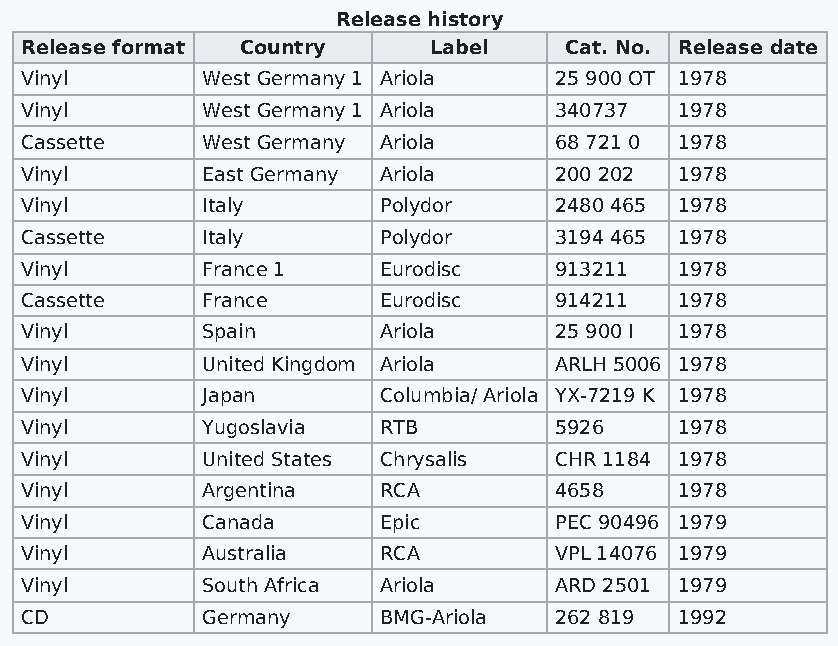
Release history
 Release format Country     Label    Cat. No. Release date
 Vinyl       West Germany 1 Ariola   25 900 OT 1978
 Vinyl       West Germany 1 Ariola   340737  1978
 Cassette    West Germany Ariola     68 721 0 1978
 Vinyl       East Germany Ariola     200 202 1978
 Vinyl       Italy       Polydor     2480 465 1978
 Cassette    Italy       Polydor     3194 465 1978
 Vinyl       France 1    Eurodisc    913211  1978
 Cassette    France      Eurodisc    914211  1978
 Vinyl       Spain       Ariola      25 900 I 1978
 Vinyl       United Kingdom Ariola   ARLH 5006 1978
 Vinyl       Japan       Columbia/ Ariola YX-7219 K 1978
 Vinyl       Yugoslavia  RTB         5926    1978
 Vinyl       United States Chrysalis CHR 1184 1978
 Vinyl       Argentina   RCA         4658    1978
 Vinyl       Canada      Epic        PEC 90496 1979
 Vinyl       Australia   RCA         VPL 14076 1979
 Vinyl       South Africa Ariola     ARD 2501 1979
 CD          Germany     BMG-Ariola  262 819 1992